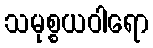
သမုစ္စယဝါရော